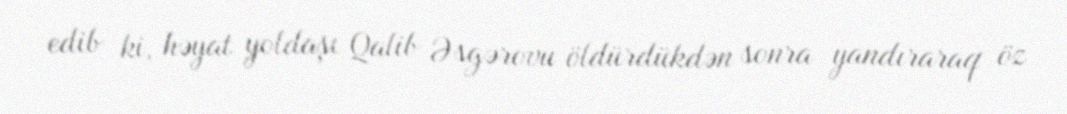
edib ki, həyat yoldaşı Qalib Əsgərovu öldürdükdən sonra yandıraraq öz